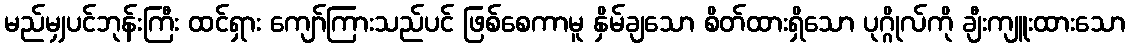
မည်မျှပင်ဘုန်းကြီး ထင်ရှား ကျော်ကြားသည်ပင် ဖြစ်စေကာမူ နှိမ်ချသော စိတ်ထားရှိသော ပုဂ္ဂိုလ်ကို ချီးကျူးထားသော